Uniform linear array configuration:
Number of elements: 24
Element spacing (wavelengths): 0.5
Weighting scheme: uniform
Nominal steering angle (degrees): -30
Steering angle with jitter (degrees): -30.96
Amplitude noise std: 0.05
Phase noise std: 0.05

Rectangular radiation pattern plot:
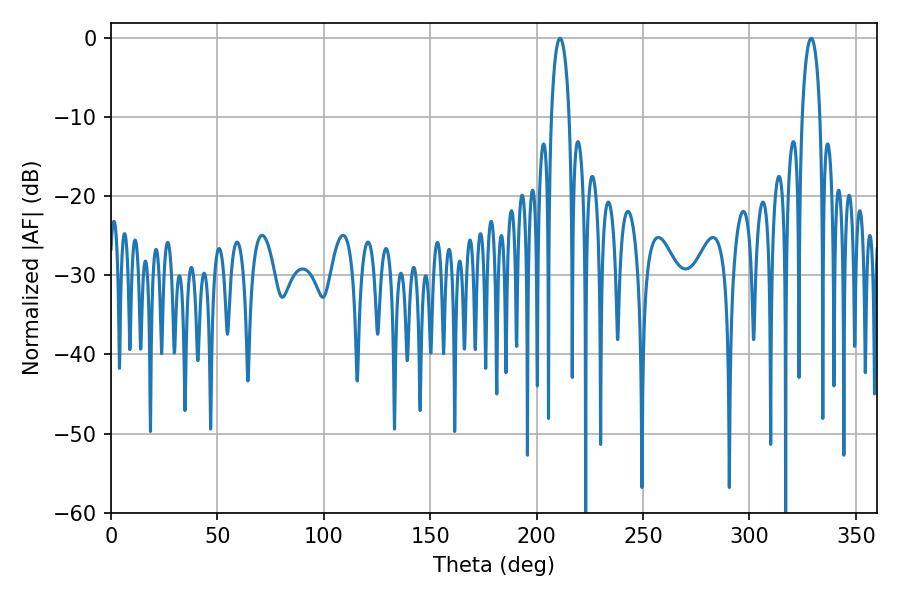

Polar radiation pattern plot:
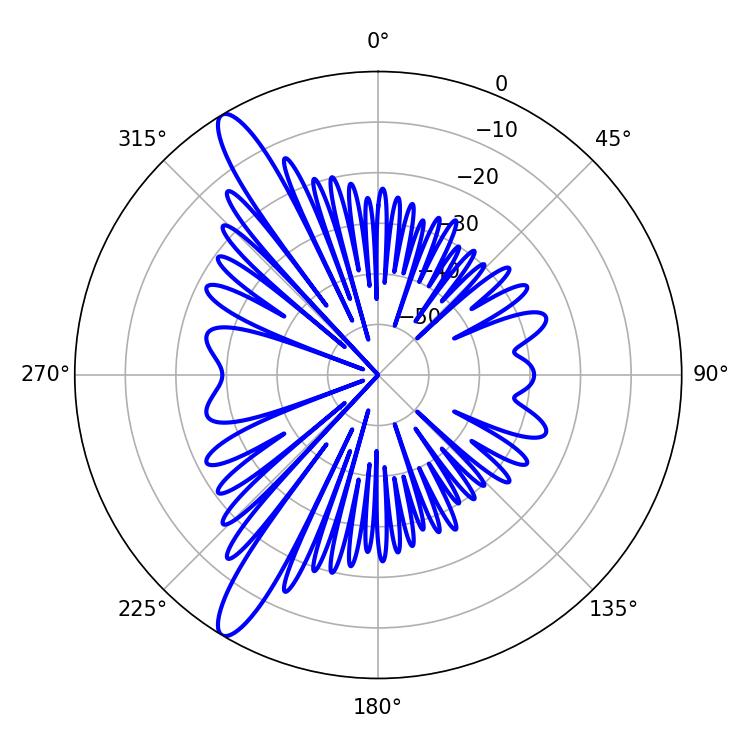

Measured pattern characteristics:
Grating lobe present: FALSE
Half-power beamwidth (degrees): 4.86
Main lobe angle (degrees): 210.96